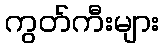
ကွတ်ကီးများ